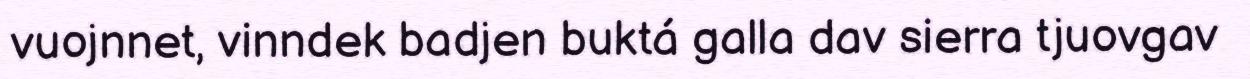
vuojnnet, vinndek badjen buktá galla dav sierra tjuovgav